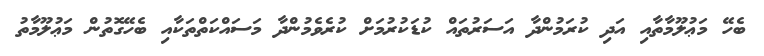
ބެހޭޭ މަޢުުލޫމާތާއި އަދި ކުރަމުންދާ އަސަރުތައް ކުޑަކުރުމަށް ކުރެވެމުންދާ މަސައްކަތްތަކާއި ބެހޭގޮތުން މަޢުލޫމާތު